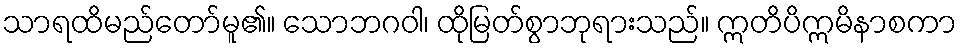
သာရထိမည်တော်မူ၏။ သောဘဂဝါ၊ ထိုမြတ်စွာဘုရားသည်။ ဣတိပိဣမိနာစကာ